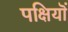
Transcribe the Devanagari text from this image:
पक्षियॊं